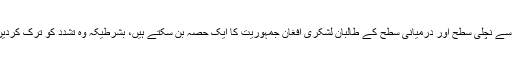
انہوں نے کہا کہ صحیح ترغیبات فراہم کی جائیں تو بہت سے نچلی سطح اور درمیانی سطح کے طالبان لشکری افغان جمہوریت کا ایک حصّہ بن سکتے ہیں، بشرطیکہ وہ تشدّد کو ترک کردیں اور افغانستان کے آئین کے تمام تقاضوں کو قبول کرلیں۔